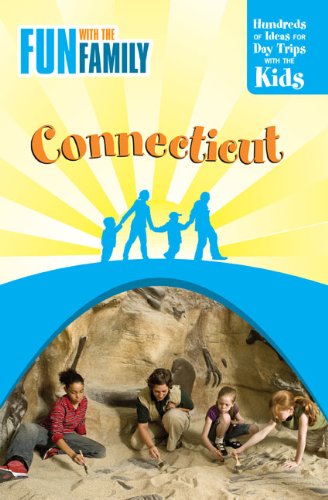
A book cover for Fun with the Family Connecticut, 7th: Hundreds of Ideas for Day Trips with the Kids (Fun with the Family Series); Doe Boyle; Travel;